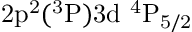
\mathrm { 2 p ^ { 2 } ( ^ { 3 } P ) 3 d ~ ^ { 4 } P _ { 5 / 2 } }